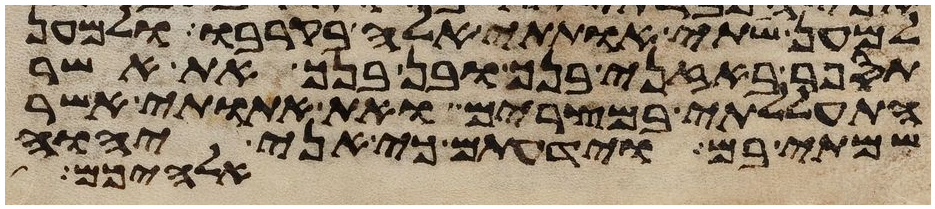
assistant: למען שתי אתותי אלה בקרבו ולמען
תספר באזני בנך ובן בנך את אשר
התעללתי במצרים ואת אתותי אשר
שמתי בם וידעתם כי אני יהוה
אלהיכם